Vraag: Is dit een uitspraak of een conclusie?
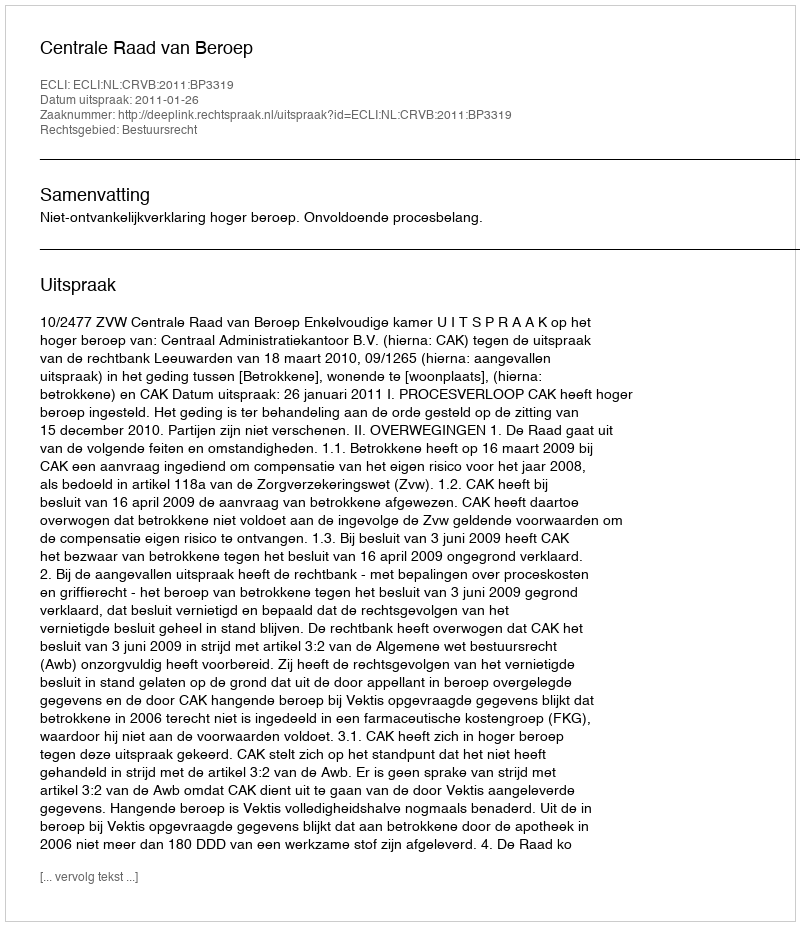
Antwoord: Uitspraak